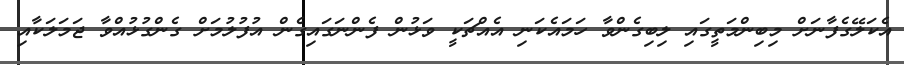
އެކަލޭގެފާނަށް މިބިންމަތީގައި ލިބިގެންވާ ހަމައެކަނި އެއްޗަކީ ވަޅުން ފެންނަގައިގެން އުފުލުމަށް ގެންގުޅުއްވާ ޖަމަލަކާއި